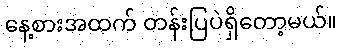
နေ့စားအထက် တန်းပြပဲရှိတော့မယ်။